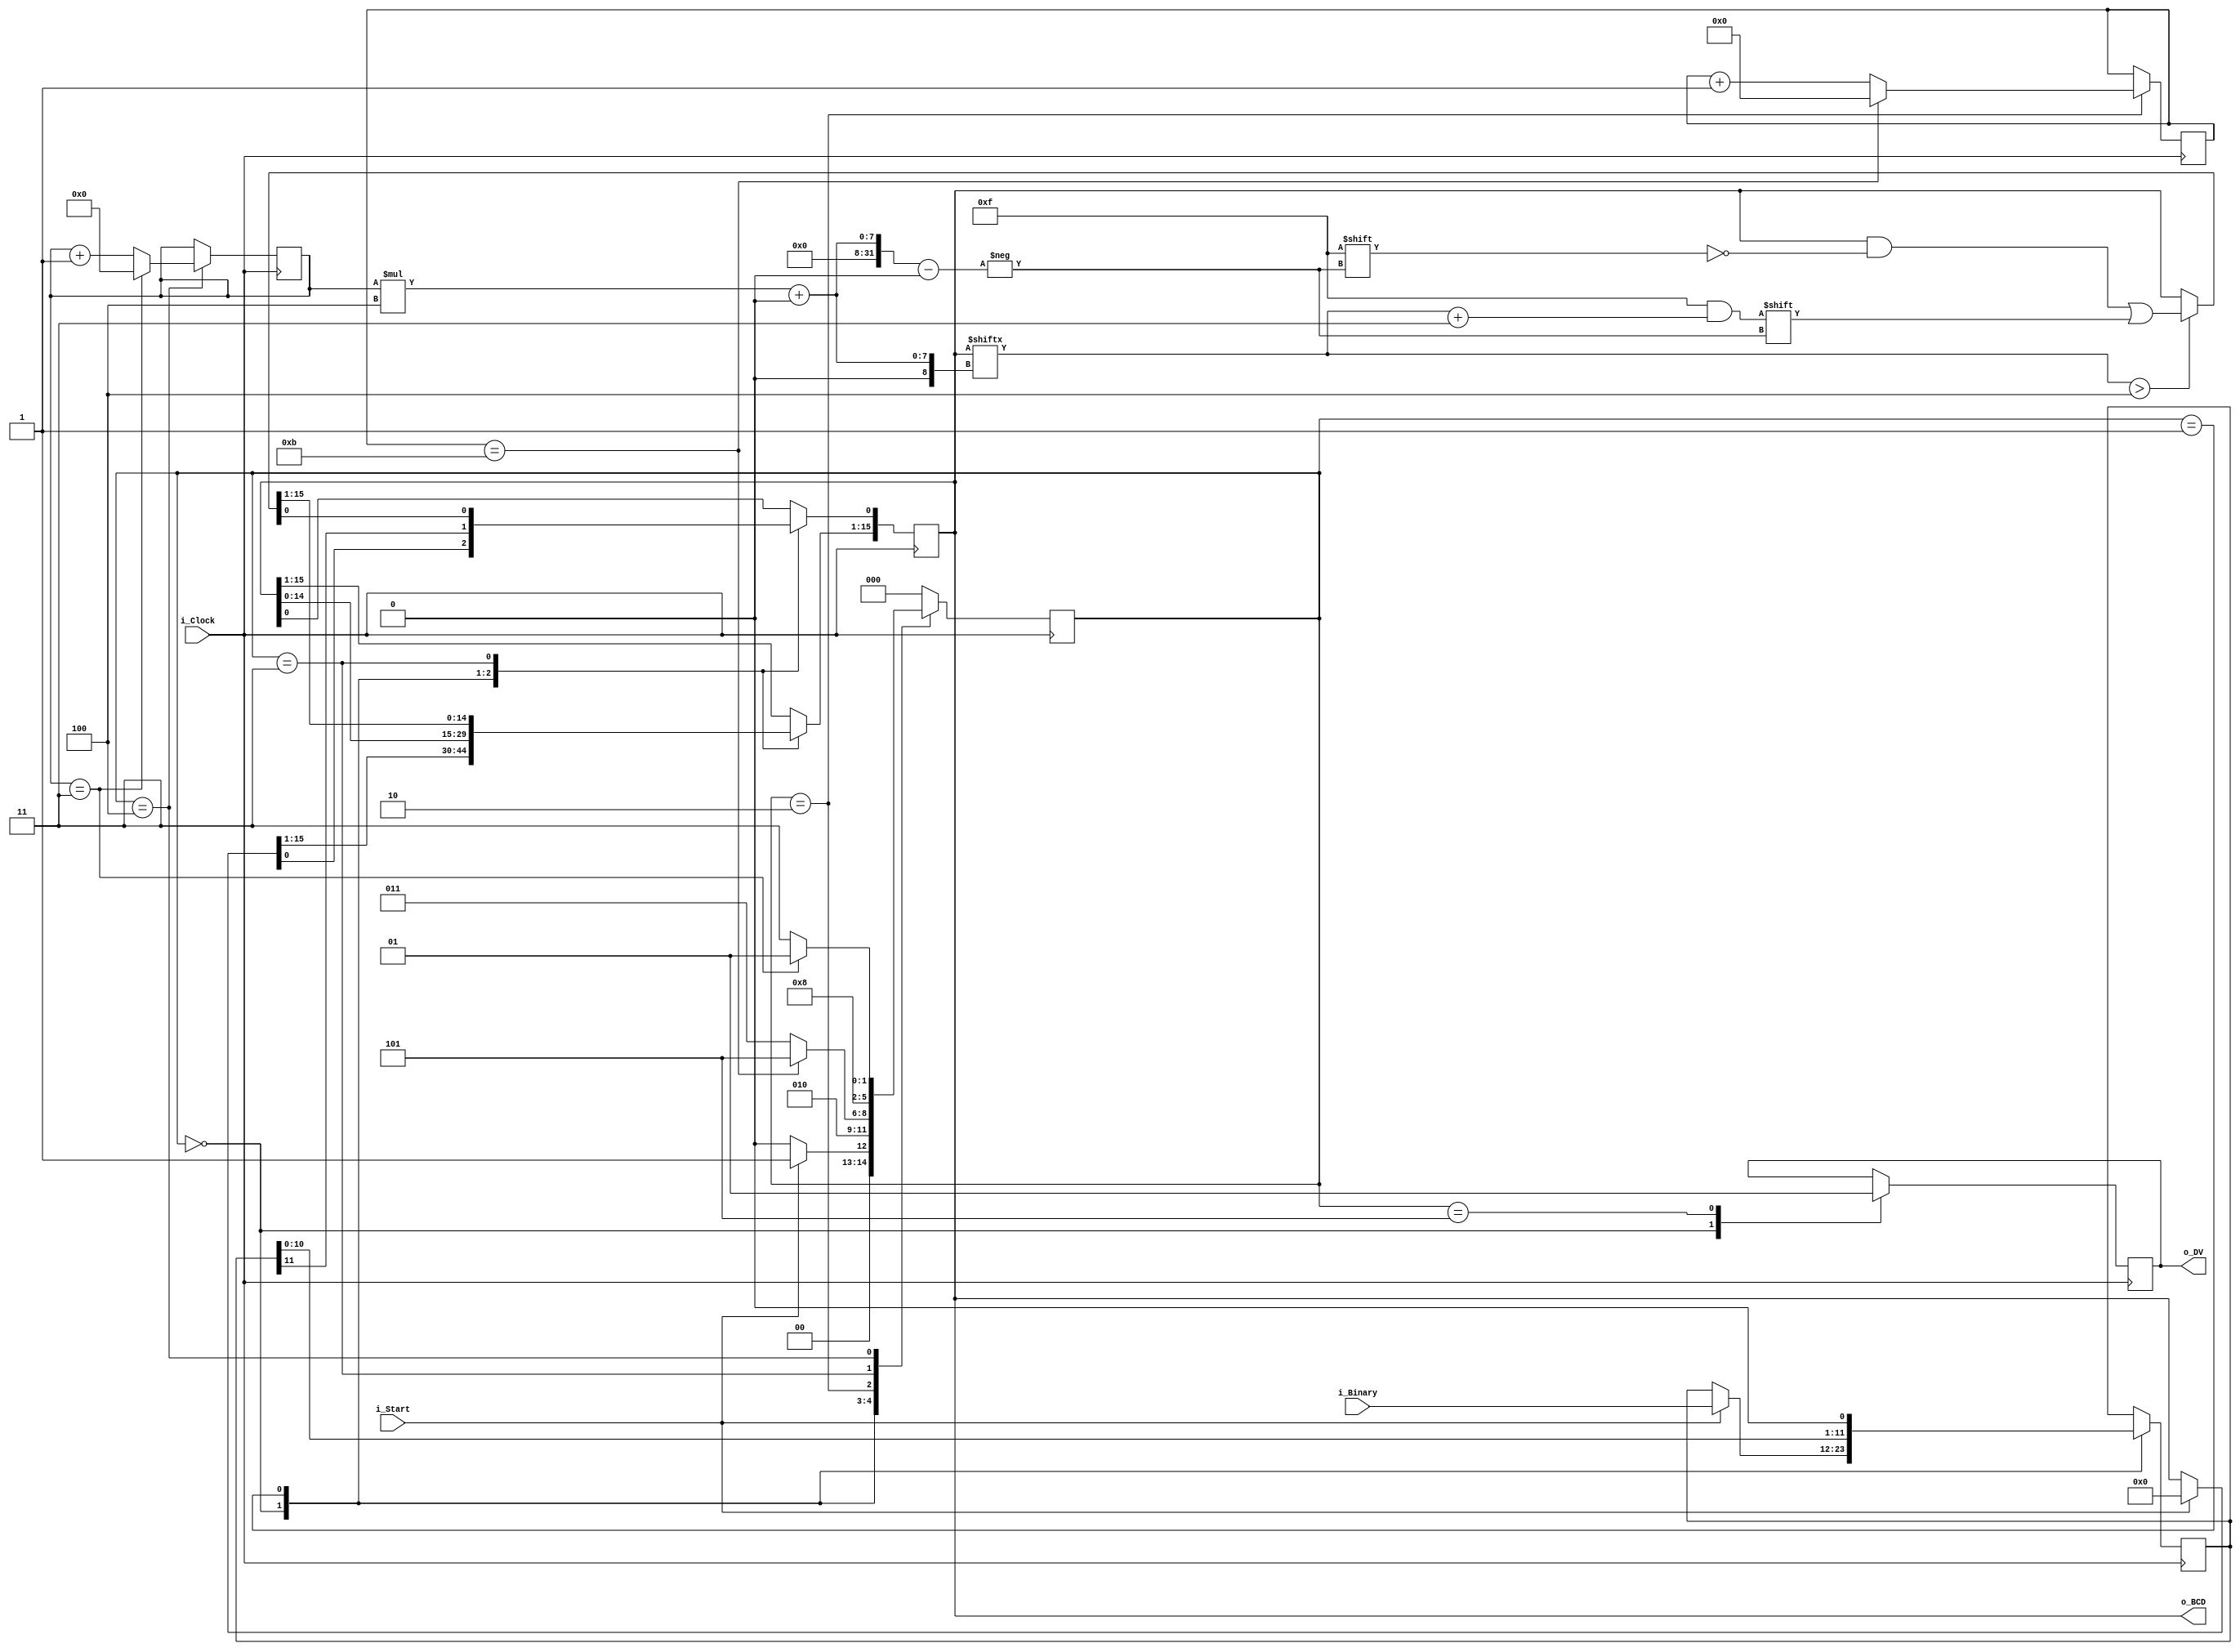
`timescale 1ns / 1ps
//////////////////////////////////////////////////////////////////////////////////
// Company: 
// Engineer: 
// 
// Design Name: 
// Module Name: bcd
// Project Name: 
// Target Devices: 
// Tool Versions: 
// Description: 
// 
// Dependencies: 
// 
// Revision:
// Revision 0.01 - File Created
// Additional Comments:
// 
//////////////////////////////////////////////////////////////////////////////////


///////////////////////////////////////////////////////////////////////////////
// File Downloaded from http://www.nandland.com
///////////////////////////////////////////////////////////////////////////////
module Binary_to_BCD
  #(parameter INPUT_WIDTH=12,
    parameter DECIMAL_DIGITS=4)
  (
   input                         i_Clock,
   input [INPUT_WIDTH-1:0]       i_Binary, // wjescie binary
   input                         i_Start, // enable - mozna konwertowac
   //
   output [DECIMAL_DIGITS*4-1:0] o_BCD, 
   output                        o_DV // czy skonczone
   );
   
  parameter s_IDLE              = 3'b000;
  parameter s_SHIFT             = 3'b001;
  parameter s_CHECK_SHIFT_INDEX = 3'b010;
  parameter s_ADD               = 3'b011;
  parameter s_CHECK_DIGIT_INDEX = 3'b100;
  parameter s_BCD_DONE          = 3'b101;
   
  reg [2:0] r_SM_Main = s_IDLE;
   
  // The vector that contains the output BCD
  reg [DECIMAL_DIGITS*4-1:0] r_BCD = 0;
    
  // The vector that contains the input binary value being shifted.
  reg [INPUT_WIDTH-1:0]      r_Binary = 0;
      
  // Keeps track of which Decimal Digit we are indexing
  reg [DECIMAL_DIGITS-1:0]   r_Digit_Index = 0;
    
  // Keeps track of which loop iteration we are on.
  // Number of loops performed = INPUT_WIDTH
  reg [7:0]                  r_Loop_Count = 0;
 
  wire [3:0]                 w_BCD_Digit;
  reg                        r_DV = 1'b0;                       
    
  always @(posedge i_Clock)
    begin
 
      case (r_SM_Main) 
  
        // Stay in this state until i_Start comes along
        s_IDLE :
          begin
            r_DV <= 1'b0;
             
            if (i_Start == 1'b1)
              begin
                r_Binary  <= i_Binary;
                r_SM_Main <= s_SHIFT;
                r_BCD     <= 0;
              end
            else
              r_SM_Main <= s_IDLE;
          end
                 
  
        // Always shift the BCD Vector until we have shifted all bits through
        // Shift the most significant bit of r_Binary into r_BCD lowest bit.
        s_SHIFT :
          begin
            r_BCD     <= r_BCD << 1;
            r_BCD[0]  <= r_Binary[INPUT_WIDTH-1];
            r_Binary  <= r_Binary << 1;
            r_SM_Main <= s_CHECK_SHIFT_INDEX;
          end          
         
  
        // Check if we are done with shifting in r_Binary vector
        s_CHECK_SHIFT_INDEX :
          begin
            if (r_Loop_Count == INPUT_WIDTH-1)
              begin
                r_Loop_Count <= 0;
                r_SM_Main    <= s_BCD_DONE;
              end
            else
              begin
                r_Loop_Count <= r_Loop_Count + 1;
                r_SM_Main    <= s_ADD;
              end
          end
                 
  
        // Break down each BCD Digit individually.  Check them one-by-one to
        // see if they are greater than 4.  If they are, increment by 3.
        // Put the result back into r_BCD Vector.  
        s_ADD :
          begin
            if (w_BCD_Digit > 4)
              begin                                     
                r_BCD[(r_Digit_Index*4)+:4] <= w_BCD_Digit + 3;  
              end
             
            r_SM_Main <= s_CHECK_DIGIT_INDEX; 
          end       
         
         
        // Check if we are done incrementing all of the BCD Digits
        s_CHECK_DIGIT_INDEX :
          begin
            if (r_Digit_Index == DECIMAL_DIGITS-1)
              begin
                r_Digit_Index <= 0;
                r_SM_Main     <= s_SHIFT;
              end
            else
              begin
                r_Digit_Index <= r_Digit_Index + 1;
                r_SM_Main     <= s_ADD;
              end
          end
         
  
  
        s_BCD_DONE :
          begin
            r_DV      <= 1'b1;
            r_SM_Main <= s_IDLE;
          end
         
         
        default :
          r_SM_Main <= s_IDLE;
            
      endcase
    end // always @ (posedge i_Clock)  
 
   
  assign w_BCD_Digit = r_BCD[r_Digit_Index*4 +: 4];
       
  assign o_BCD = r_BCD;
  assign o_DV  = r_DV;
      
endmodule // Binary_to_BCD